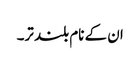
ان کے نام بلند تر۔